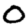
Digit: 0